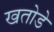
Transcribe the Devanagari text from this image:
खतोडे